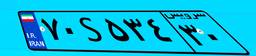
۷۸S۹۴۶۷۲